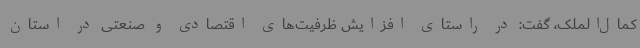
کمال‌الملک، گفت: در راستای افزایش ظرفیت‌های اقتصادی و صنعتی در استان